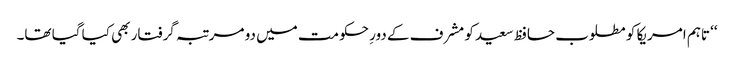
‘‘ تاہم امریکا کو مطلوب حافظ سعید کو مشرف کے دورِ حکومت میں دو مرتبہ گرفتار بھی کیا گیا تھا۔